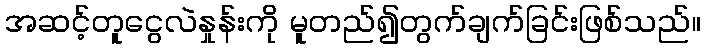
အဆင့်တူငွေလဲနှုန်းကို မူတည်၍တွက်ချက်ခြင်းဖြစ်သည်။